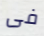
فى